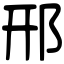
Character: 邢